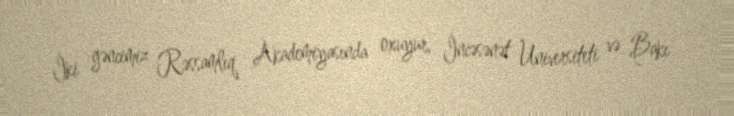
İki gəncimiz Rəssamlıq Akademiyasında oxuyur, İncəsənət Universiteti və Bakı